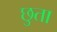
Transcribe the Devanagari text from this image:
छुता